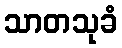
သာတသုခံ